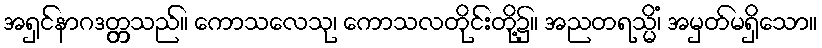
အရှင်နာဂဒတ္တ္တသည်။ ကောသလေသု၊ ကောသလတိုင်းတို့၌။ အညတရသ္မိံ၊ အမှတ်မရှိသော။